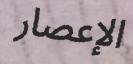
الإعصار